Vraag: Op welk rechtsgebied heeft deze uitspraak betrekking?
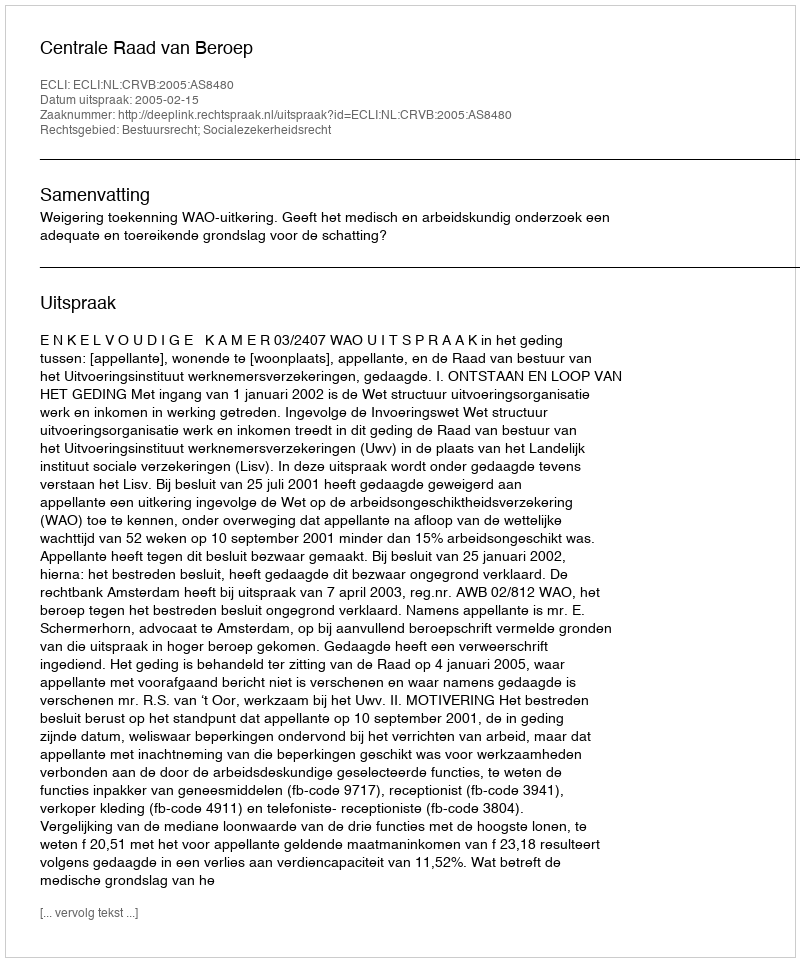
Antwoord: Bestuursrecht; Socialezekerheidsrecht